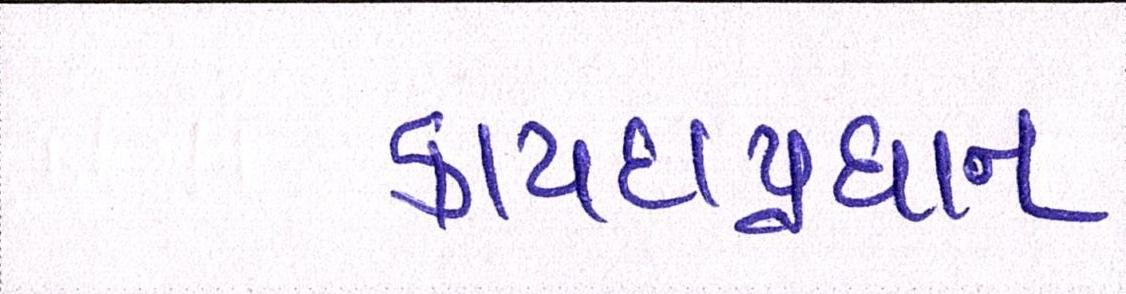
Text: કાયદાપ્રધાન